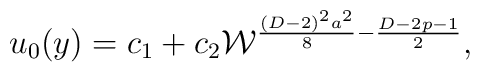
u_0(y)=c_1+c_2{\cal W}^{{{(D-2)^2a^2}\over 8}-{{D-2p-1}\over 2}},